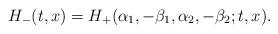
LaTeX: \begin{align*}H_{-}(t, x) = H_{+}(\alpha_{1}, -\beta_{1}, \alpha_{2}, -\beta_{2}; t, x).\end{align*}